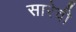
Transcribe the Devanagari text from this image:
सारेवी